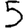
Digit: 5